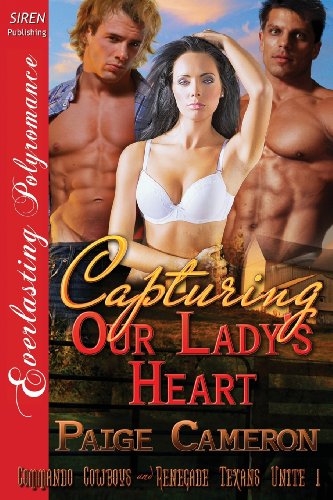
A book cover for Capturing Our Lady's Heart [Commando Cowboys and Renegade Texans Unite 1] (Siren Publishing Everlasting Polyromance); Paige Cameron; Romance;